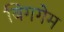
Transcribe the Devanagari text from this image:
बिगगेम